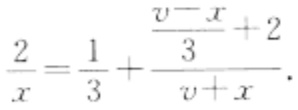
$\frac{2}{x}=\frac{1}{3}+\frac{\frac{v - x}{3}+2}{v + x}$